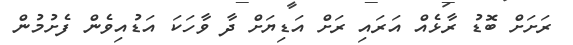
ރަށަށް ބޮޑު ރާޅެއް އަރައި ރަށް އަޑިޔަށް ދާ ވާހަކަ އަޑުއިވެން ފެށުމުން